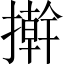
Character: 擀